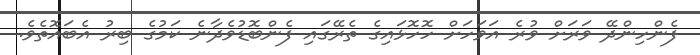
ފެންހިންދޭ ވަރަށް ވުރެ އަވަހަށް ހޮހޮޅައިގެ ތެރޭގައި ފެންބޮޑުވެދާނެ ކަމުގެ ބިރު އެބައޮތެވެ.